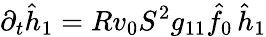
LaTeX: \partial_{t}\hat{h}_{1}=Rv_{0}S^{2}g_{11}\hat{f}_{0}\, \hat{h}_{1}